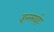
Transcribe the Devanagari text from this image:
इनसाईट